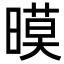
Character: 暯